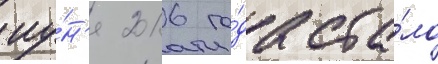
иу́н'я 2016 го́да ста́ло